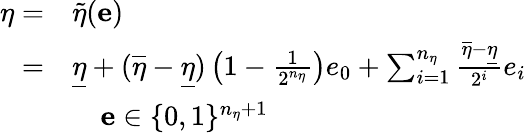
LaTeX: \begin{array}{rl}{\eta=}&{\widetilde{\eta}(\mathbf{e})}\\ {=}&{\underline{{\eta}}+(\overline{{\eta}}-\underline{{\eta}})\left(1-\frac{1}{2^{n_{\eta}}}\right)e_{0}+\sum_{i=1}^{n_{\eta}}\frac{\overline{{\eta}}-\underline{{\eta}}}{2^{i}}e_{i}}\\ &{\quad\mathbf{e}\in\{ 0,1\} ^{n_{\eta}+1}}\end{array}